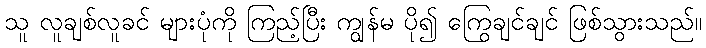
သူ လူချစ်လူခင် များပုံကို ကြည့်ပြီး ကျွန်မ ပို၍ ကြွေချင်ချင် ဖြစ်သွားသည်။